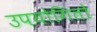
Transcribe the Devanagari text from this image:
उपयोगितो